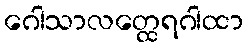
ဂေါသာလတ္ထေရဂါထာ